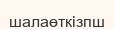
шалаөткізпш